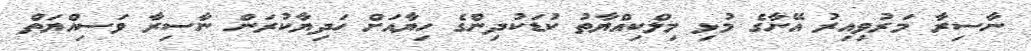
ނާސިރާ މަރުވިއިރު އޭނާގެ މުޅި މިލްކިއްޔާތު ކުޑަކުދިންގެ ހިޔާއަށް ހަދިޔާކުރަން ނާސިރާ ވަސިއްޔަތް